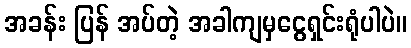
အခန်း ပြန် အပ်တဲ့ အခါကျမှငွေရှင်းရုံပါပဲ။